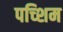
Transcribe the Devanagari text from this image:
पच्शिम